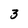
Character: 3